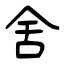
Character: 舍